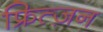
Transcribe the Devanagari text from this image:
फ्रित्ज़न